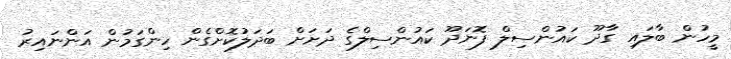
މީހުން ބާލައި ގާދޫ ކައުންސިލް ފޮނަދޫ ކައުންސިލްގެ ދަށަށް ބަދަލުކޮށްގެން ހިންގަމުން އަންނައިރު